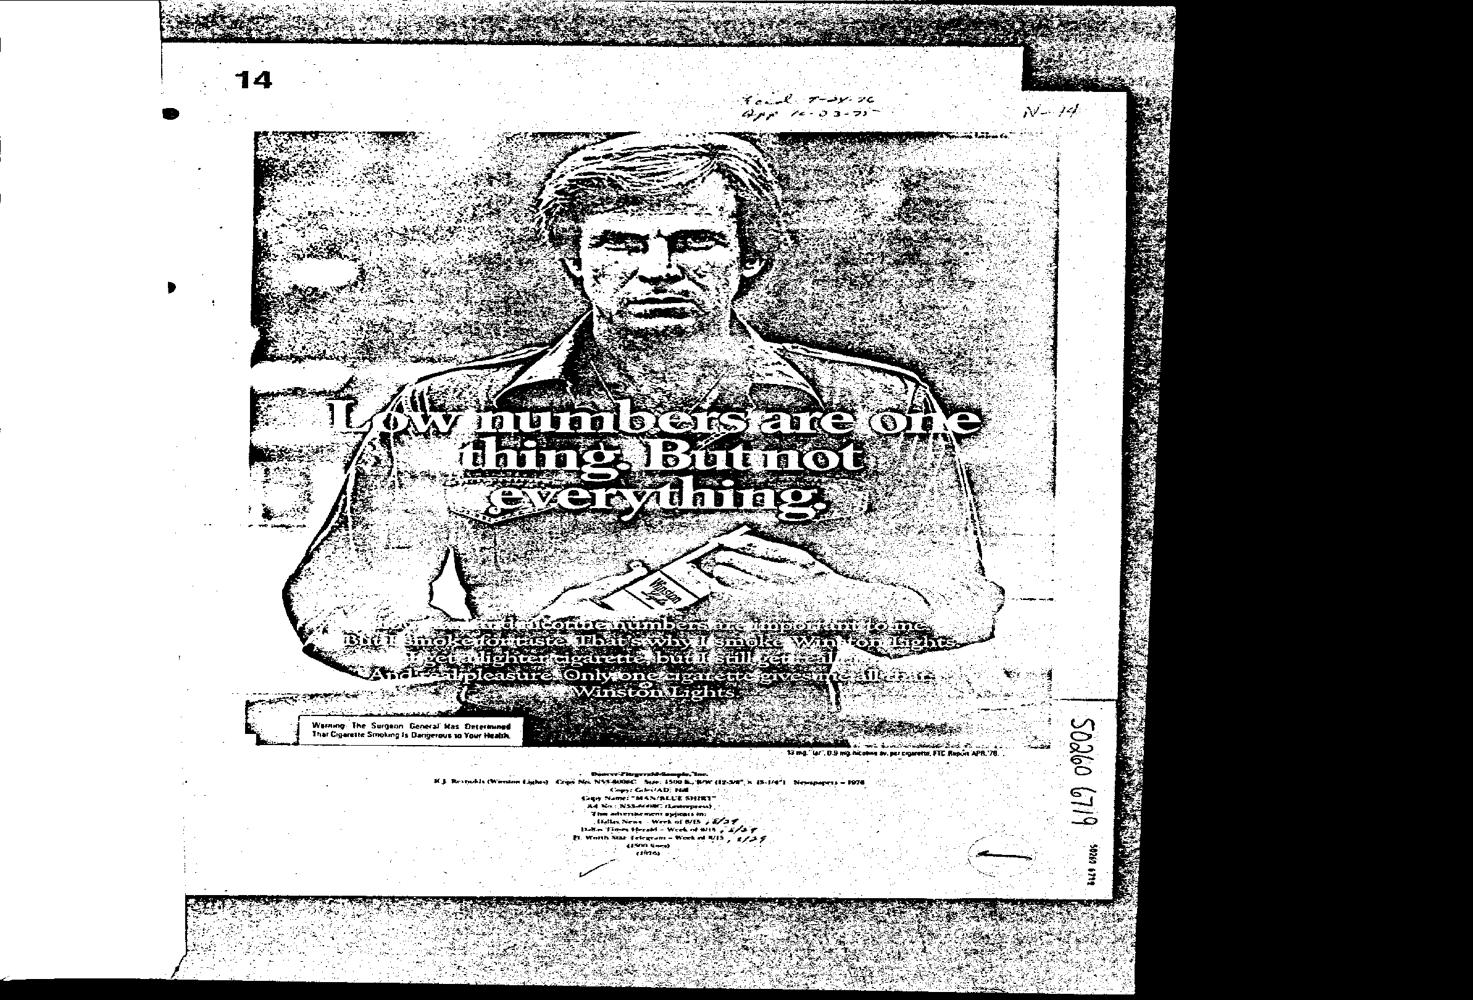
fe- 3270
 Wernng. The Surgeon General a: Determinsd
 “Y thar Cigarette Smoking 1s Dangerous wo Your Health, :
 i. Bem etisie Bad Boog
 15 mg." lar". 0.9 ing. ticomen ay. per Evparatte, PIC Rupee APA76.
 < Deeeee Fiergernts temple ine
 MS Revnuble (Winnie Ligon) Cries Ais NOE RODE Sane: 1500 ROW CEE 3 ESA. Nemapepers = FO7E
 apy! GRCAD: Hal : ~
 apy Name! “MAN IREUE SHTRI-
 he Men NSS ARET HLeweerpreesd,
 “Te achuereemers apfeonen ome
 - Lita News Werk OF AS 5 AO
 aati Fone Stora © Week ot Mg 8 .
 I Won Sar Setegrems = Werk a WIE, Ose -
 Pane Sar : “
 eehaas
 wom, BILD 0980S.